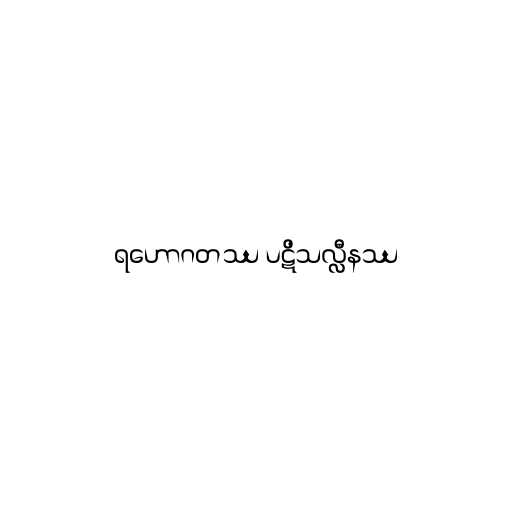
ရဟောဂတဿ ပဋိသလ္လီနဿ